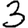
Digit: 3